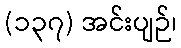
(၁၃၇) အင်းပျဉ်၊